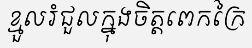
ខ្មួលរំជួលក្នុងចិត្តពេកក្រៃ